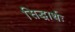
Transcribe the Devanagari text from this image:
सिद्धार्थः